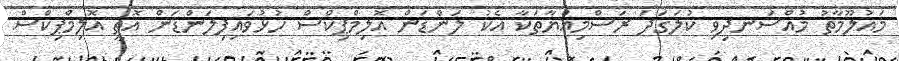
މައުލޫމާތު މުއްސަނދިވި ކުލަގަދަ ރަސްމިއްޔާތަކާ އެކު ލަންޑަން އޮލިމްޕިކްސް ހުޅުވައިފިލަންޑަން އޮތީ އޮލިމްޕިކްސް